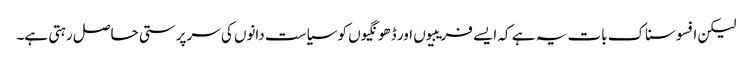
لیکن افسوسناک بات یہ ہے کہ ایسے فریبیوں اور ڈھونگیوں کو سیاست دانوں کی سرپرستی حاصل رہتی ہے۔